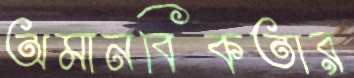
অমানবিকতার